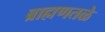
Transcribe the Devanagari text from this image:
ब्राह्मणतळे